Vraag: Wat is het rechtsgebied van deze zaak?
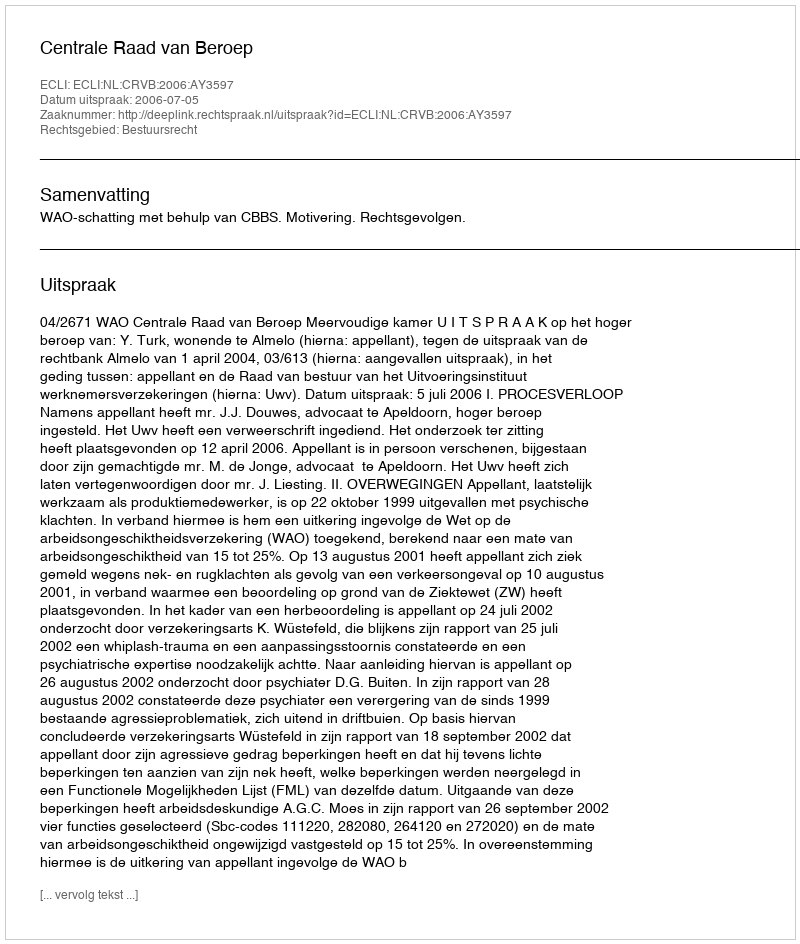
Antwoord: Bestuursrecht